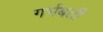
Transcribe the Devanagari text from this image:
गर्भबती